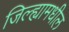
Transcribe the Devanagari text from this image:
जिल्‍ह्यामधील